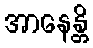
အာနေန္တိ